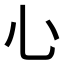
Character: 𢖩